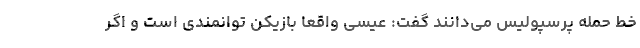
خط حمله پرسپولیس می‌دانند گفت: عیسی واقعا بازیکن توانمندی است و اگر